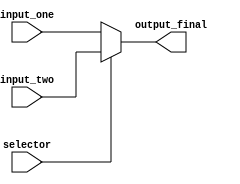
module mux_multOrDivHi (
  input wire         selector,
  input wire  [31:0] input_one,
  input wire  [31:0] input_two,
  output wire [31:0] output_final
);

  assign output_final = (selector) ? input_two : input_one;

  endmodule